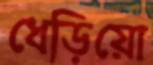
ধেড়িয়ো